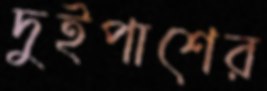
দুইপাশের